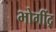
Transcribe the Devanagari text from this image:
भोगींद्र